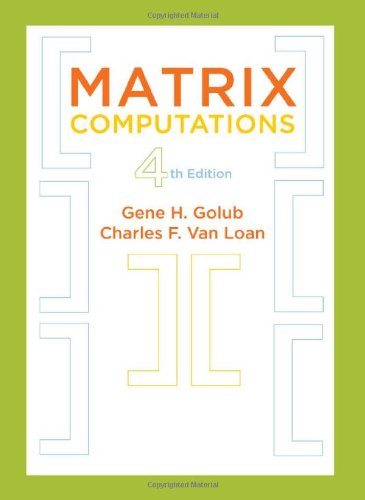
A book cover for Matrix Computations (Johns Hopkins Studies in the Mathematical Sciences); Gene H. Golub; Science & Math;